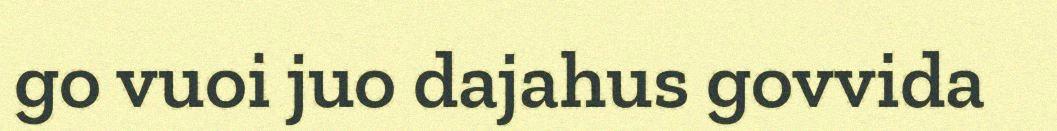
go vuoi juo dajahus govvida